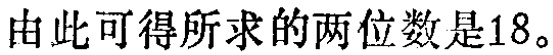
由此可得所求的两位数是18。